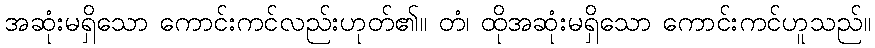
အဆုံးမရှိသော ကောင်းကင်လည်းဟုတ်၏။ တံ၊ ထိုအဆုံးမရှိသော ကောင်းကင်ဟူသည်။